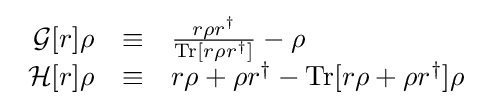
{\begin{array}{rcl}{\mathcal {G}}[r]\rho &\equiv &{\frac {r\rho r^{\dagger }}{\operatorname {Tr} [r\rho r^{\dagger }]}}-\rho \\{\mathcal {H}}[r]\rho &\equiv &r\rho +\rho r^{\dagger }-\operatorname {Tr} [r\rho +\rho r^{\dagger }]\rho \end{array}}